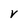
Character: V